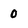
Character: 0